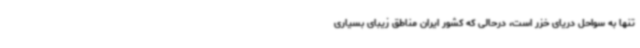
تنها به سواحل دریای خزر است، درحالی‌ که کشور ایران مناطق زیبای بسیاری